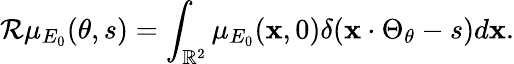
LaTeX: {\mathcal R}\mu_{E_{0}}(\theta,s)=\int_{\mathbb{R}^{2}}\mu_{E_{0}}(\textbf{x},0)\delta(\textbf{x}\cdot\Theta_{\theta}-s)d\textbf{x}.